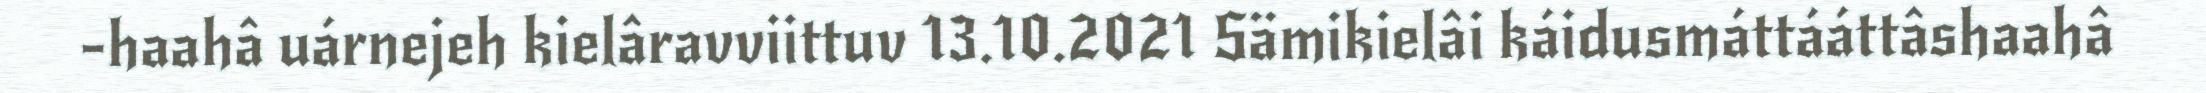
-haahâ uárnejeh kielâravviittuv 13.10.2021 Sämikielâi káidusmáttááttâshaahâ